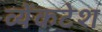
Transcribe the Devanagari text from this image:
व्येंकटेश